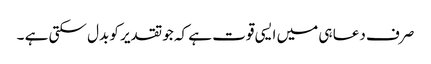
صرف دعا ہی میں ایسی قوت ہے کہ جو تقدیر کو بدل سکتی ہے ۔